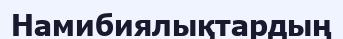
Намибиялықтардың